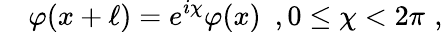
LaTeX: \quad\varphi(x+\ell)=e^{i\chi}\varphi(x)\, \, \, ,0\leq\chi<2\pi\, \, ,